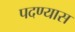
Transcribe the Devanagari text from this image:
पदण्यास